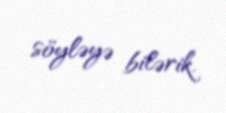
söyləyə bilərik.